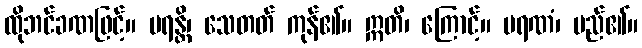
ထိုဘင်ခဏဖြင့်။ မရန္တိ၊ သေတတ် ကုန်၏။ ဣတိ၊ ကြောင့်။ မရဏံ၊ မည်၏။